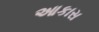
આકાસ